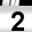
Digit: 2